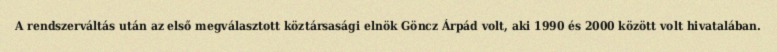
A rendszerváltás után az első megválasztott köztársasági elnök Göncz Árpád volt, aki 1990 és 2000 között volt hivatalában.